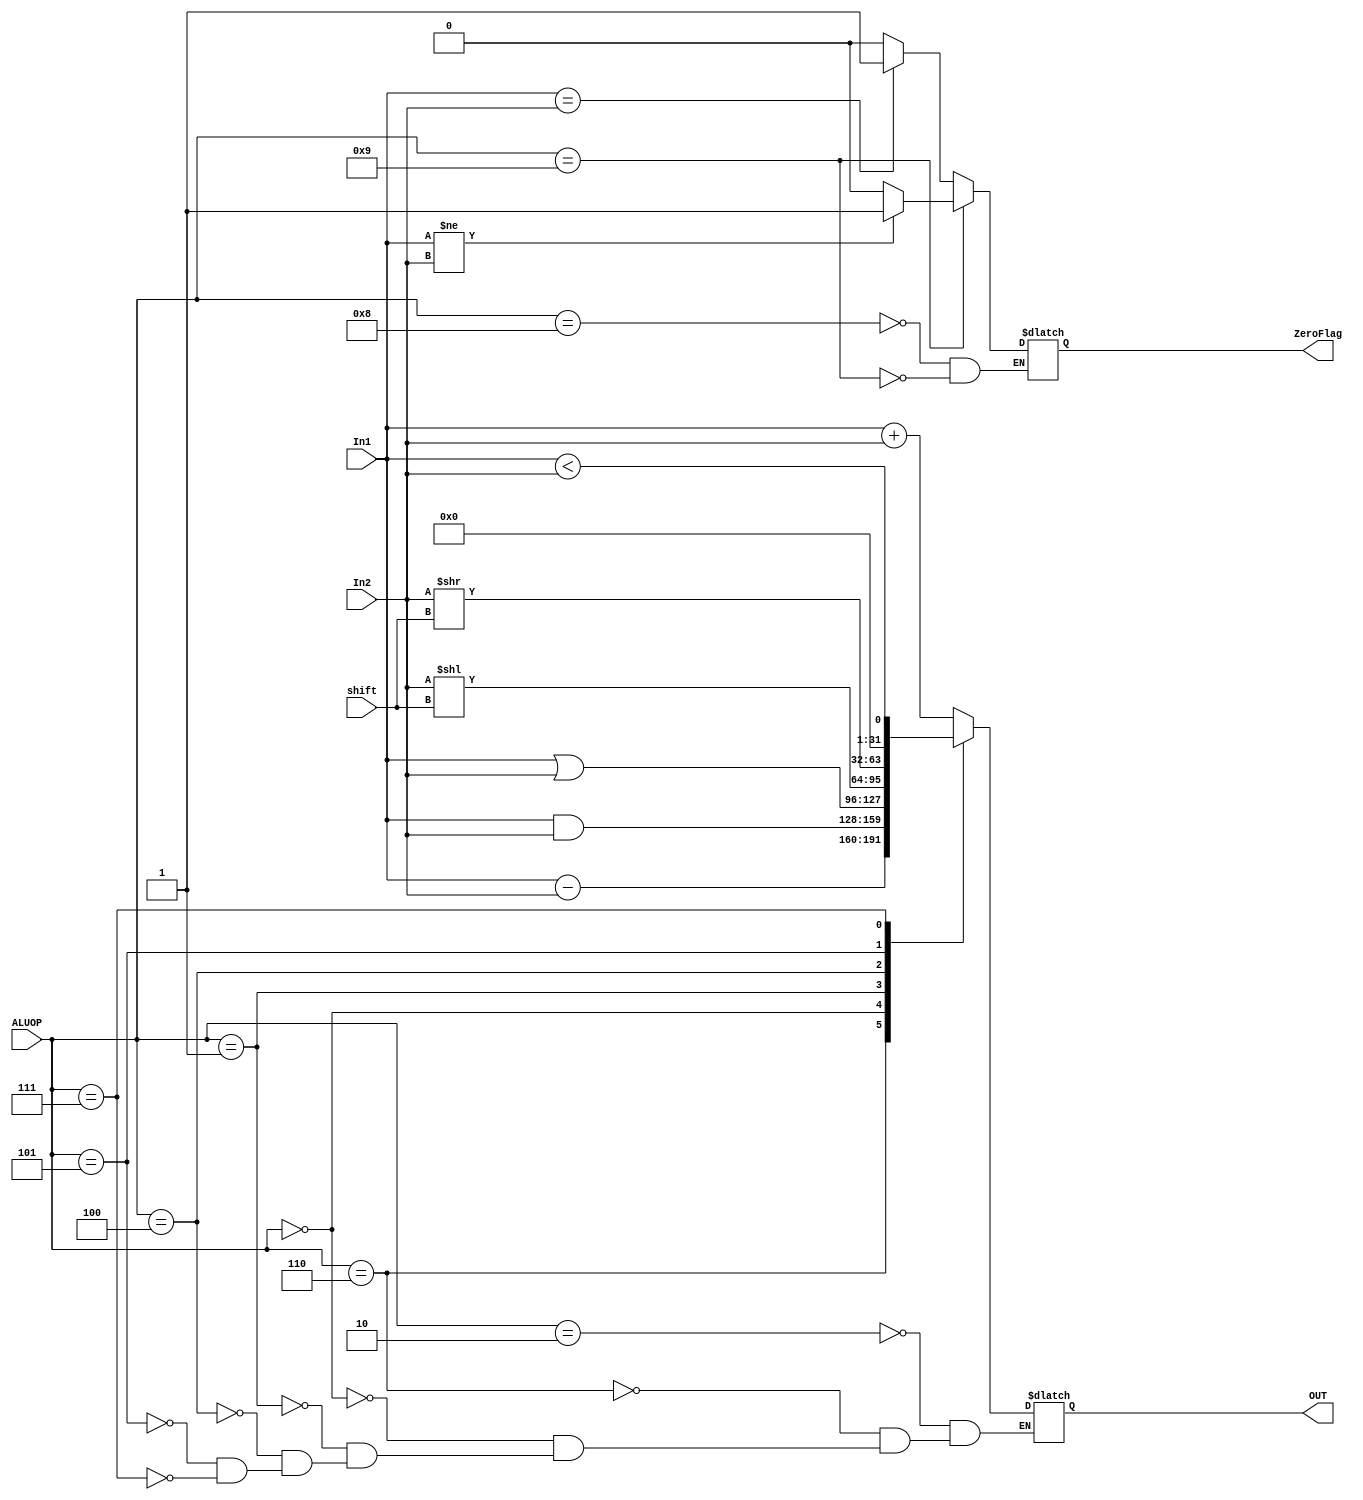
module ALU (OUT, ZeroFlag, In1, In2, ALUOP,shift);
input [31:0] In1, In2;
input [3:0] ALUOP;
input [4:0] shift;
output [31:0] OUT ;
reg [31:0] OUT=0;
output ZeroFlag;
reg ZeroFlag=0;
always @ (In1 or In2 or ALUOP)
begin
case (ALUOP)
4'b0010 : OUT = In1 + In2;
4'b0110 : OUT = In1 - In2;
4'b0000 : OUT = In1 & In2;
4'b0001 : OUT = In1 | In2;
4'b0100 : OUT = In2 << shift;
4'b0101 : OUT = In2 >> shift;
4'b0111 : OUT = In1 < In2;
4'b1000 : if(In1==In2) ZeroFlag=1; else ZeroFlag=0;
4'b1001 : if(In1!=In2) ZeroFlag=1; else ZeroFlag=0;
endcase
end

endmodule